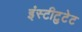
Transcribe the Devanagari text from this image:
इंस्टीटुटेट